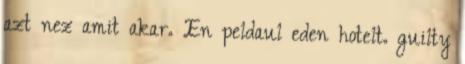
azt nez amit akar. En peldaul eden hotelt. guilty